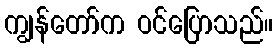
ကျွန်တော်က ဝင်ပြောသည်။